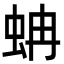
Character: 蚺